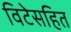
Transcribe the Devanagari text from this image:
विटेसहित